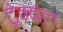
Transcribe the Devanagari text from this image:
ट्रेम्बल